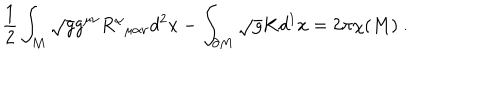
\frac { 1 } { 2 } \int _ { M } \sqrt { g } g ^ { \mu \nu } R _ { \; \; \mu \alpha \nu } ^ { \alpha } d ^ { 2 } x - \int _ { \partial M } \sqrt { g } K d ^ { 1 } x = 2 \pi \chi ( M ) \ .